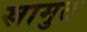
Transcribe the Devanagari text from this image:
स्रामुत